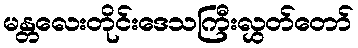
မန္တလေးတိုင်းဒေသကြီးလွှတ်တော်